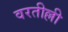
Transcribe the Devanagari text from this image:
वरतील्ली